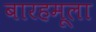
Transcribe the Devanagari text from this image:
बारहमूला